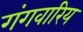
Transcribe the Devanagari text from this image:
गंगवारिय